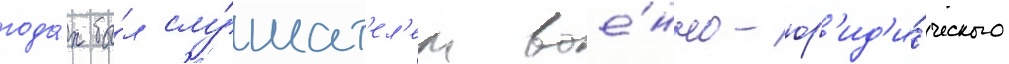
года́х бы́л слу́шат'ел'ем вое́нно-юр'ид'и́ческого